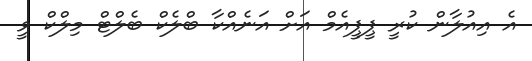
އެ އިއުލާން ކުރީ ޕީޕީއެމް އަށް އަނެއްކާ ބްލެކް ބެލްޓް މިލްކް ވީ